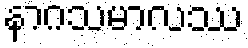
နာဂသမာလဿ